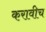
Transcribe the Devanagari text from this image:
करावीच